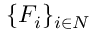
\{ { F } _ { i } \} _ { i \in N }